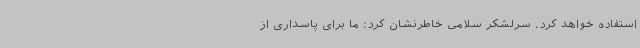
استفاده خواهد کرد. سرلشکر سلامی خاطرنشان کرد: ما برای پاسداری از